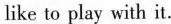
like to play with it.